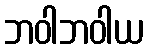
ဘဝါဘဝါယ